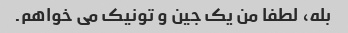
بله، لطفا من یک جین و تونیک می خواهم.